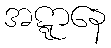
အဋ္ဋာနေ